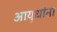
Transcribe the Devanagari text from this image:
आयुधांना